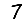
Digit: 7